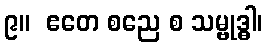
၉။  ဧတေ စညေ စ သမ္ဗုဒ္ဓါ၊